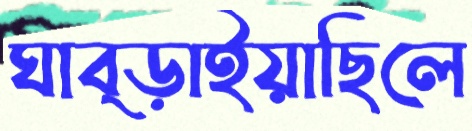
ঘাব্‌ড়াইয়াছিলে